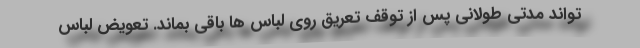
تواند مدتی طولانی پس از توقف تعریق روی لباس ها باقی بماند. تعویض لباس